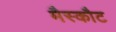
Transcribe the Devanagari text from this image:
मैस्कौट